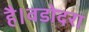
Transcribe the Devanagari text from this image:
है।वडोदरा